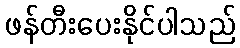
ဖန်တီးပေးနိုင်ပါသည်